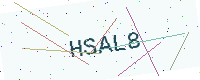
Text: HSAL8